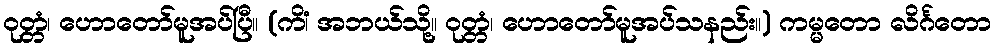
ဝုတ္တံ၊ ဟောတော်မူအပ်ပြီ။ (ကိံ၊ အဘယ်သို့။ ဝုတ္တံ၊ ဟောတော်မူအပ်သနည်း။) ကမ္မတော လိင်္ဂတော